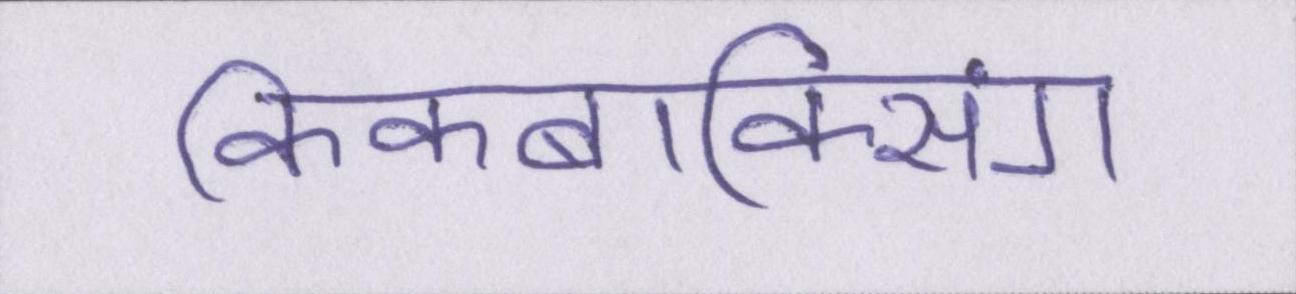
किकबॉक्सिंग